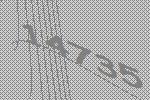
14735